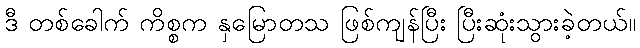
ဒီ တစ်ခေါက် ကိစ္စက နှမြောတသ ဖြစ်ကျန်ပြီး ပြီးဆုံးသွားခဲ့တယ်။